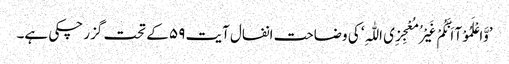
’وَّاعْلَمُوْآ اَنَّکُمْ غَیْرُ مُعْجِزِی اللّٰہِ‘ کی وضاحت انفال آیت ۵۹ کے تحت گزر چکی ہے۔